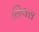
સિલસ